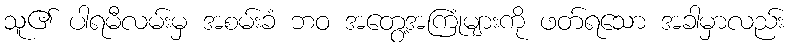
သူ၏ ပါရမီလမ်းမှ အစမ်းခံ ဘဝ အတွေ့အကြုံများကို ဖတ်ရသော အခါမှာလည်း